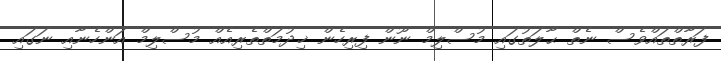
ފަރާތްތައްވެސް ނެތް ޙާލަތުގައި މުސްލިމް ނޫން ފިރިހެން ޚިދުމަތްތެރިއެއް މުސްލިމް އަންހެނާއި ނަގައި